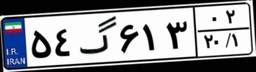
۴۱گ۴۱۹۲۴